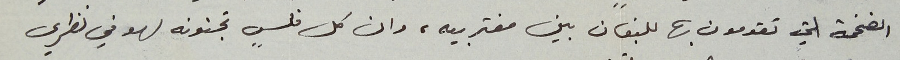
الضخمة التي تقدمون بها للبنان بين مغتربيه، وان كل فلسٍ تجنونه لهو في نظري